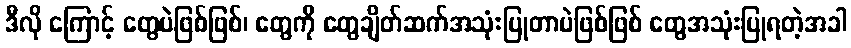
ဒီလို ကြောင့် တွေပဲဖြစ်ဖြစ်၊ တွေကို တွေချိတ်ဆက်အသုံးပြုတာပဲဖြစ်ဖြစ် တွေအသုံးပြုရတဲ့အခါ